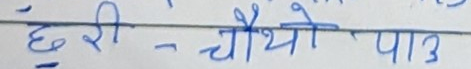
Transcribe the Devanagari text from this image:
छुरी - चौथो , पाउ